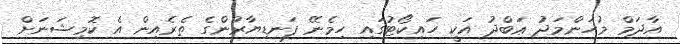
އާދަމް މުޙަންމަދު ޢަބްދު އަކީ ހައިކޯޓުގައި ހިމެނޭ ފަނޑިޔާރުންގެ ތެރެއިން އެ ކޮމިޝަނަށް